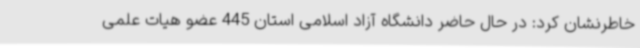
خاطرنشان کرد: در حال حاضر دانشگاه آزاد اسلامی استان 445 عضو هیات علمی